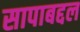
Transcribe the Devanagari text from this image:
सापाबद्दल